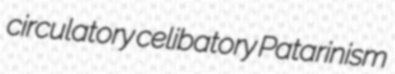
circulatory celibatory Patarinism